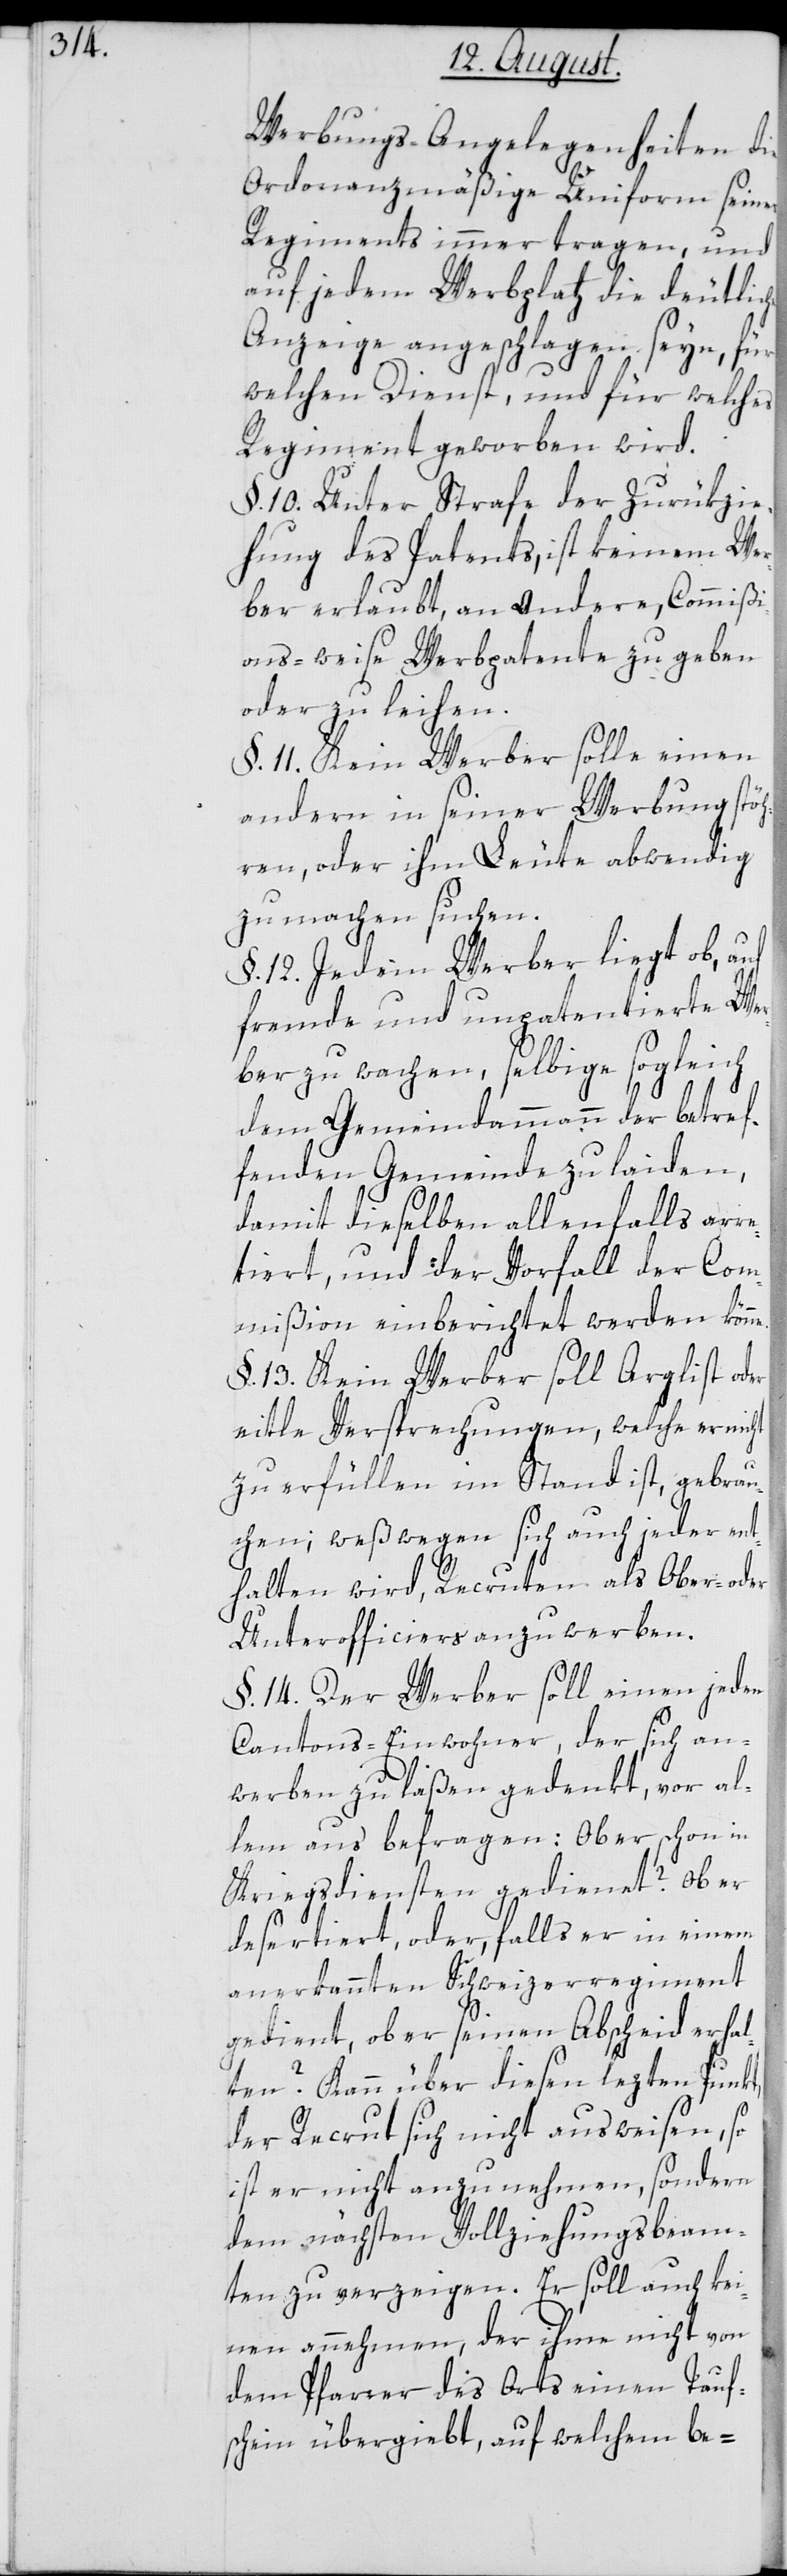
Werbungs-Angelegenheiten die
Ordonanzmäßige Uniform seines
Regiments immer tragen, und
auf jedem Werbplatz die deutliche
Anzeige angeschlagen seyn, für
welchen Dienst, und für welches
Regiment geworben wird.
§. 10. Unter Strafe der Zurükzie¬
hung des Patents, ist keinem Wer¬
ber erlaubt, an andere, Commißi¬
ons-weise Werbpatente zu geben
oder zu leihen.
§. 11. Kein Werber solle einen
andern in seiner Werbung stöh¬
ren, oder ihm Leute abwendig
zu machen suchen.
§. 12. Jedem Werber liegt ob, auf
fremde und unpatentierte Wer¬
ber zu wachen, selbige sogleich
dem Gemeindammann der betref¬
fenden Gemeinde zu laiden,
damit dieselben allenfalls arre¬
tiert, und der Vorfall der Com¬
mißion einberichtet werden könne.
§. 13. Kein Werber soll Arglist
eitle Versprechnungen, welche er nicht
zu erfüllen im Stand ist, gebrau¬
chen; weßwegen sich auch jeder ent¬
halten wird, Recruten als Ober- oder
Unterofficiers anzuwerben.
§. 14. Der Werber soll einen jeden
Cantons-Einwohner, der sich an¬
werben zu laßen gedenkt, vor al¬
lem aus befragen: Ob er schon in
Kriegsdiensten gedienet? Ob er
desertiert, oder, falls er in einem
anerkannten Schweizerregiment
gedient, ob er seinen Abscheid erhal¬
ten? Kann über diesen lezten Punkt,
der Recrut sich nicht ausweisen, so
ist er nicht anzunehmen, sondern
dem nächsten Vollziehungsbeam¬
ten zu verzeigen. Er soll auch kei¬
nen annehmen, der ihme nicht von
dem Pfarrer des Orts einen Tauf¬
schein übergiebt, auf welchem be-